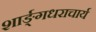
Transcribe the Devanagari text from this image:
शार्ङ्गधराचार्य